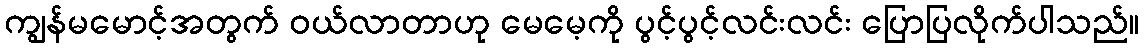
ကျွန်မမောင့်အတွက် ဝယ်လာတာဟု မေမေ့ကို ပွင့်ပွင့်လင်းလင်း ပြောပြလိုက်ပါသည်။